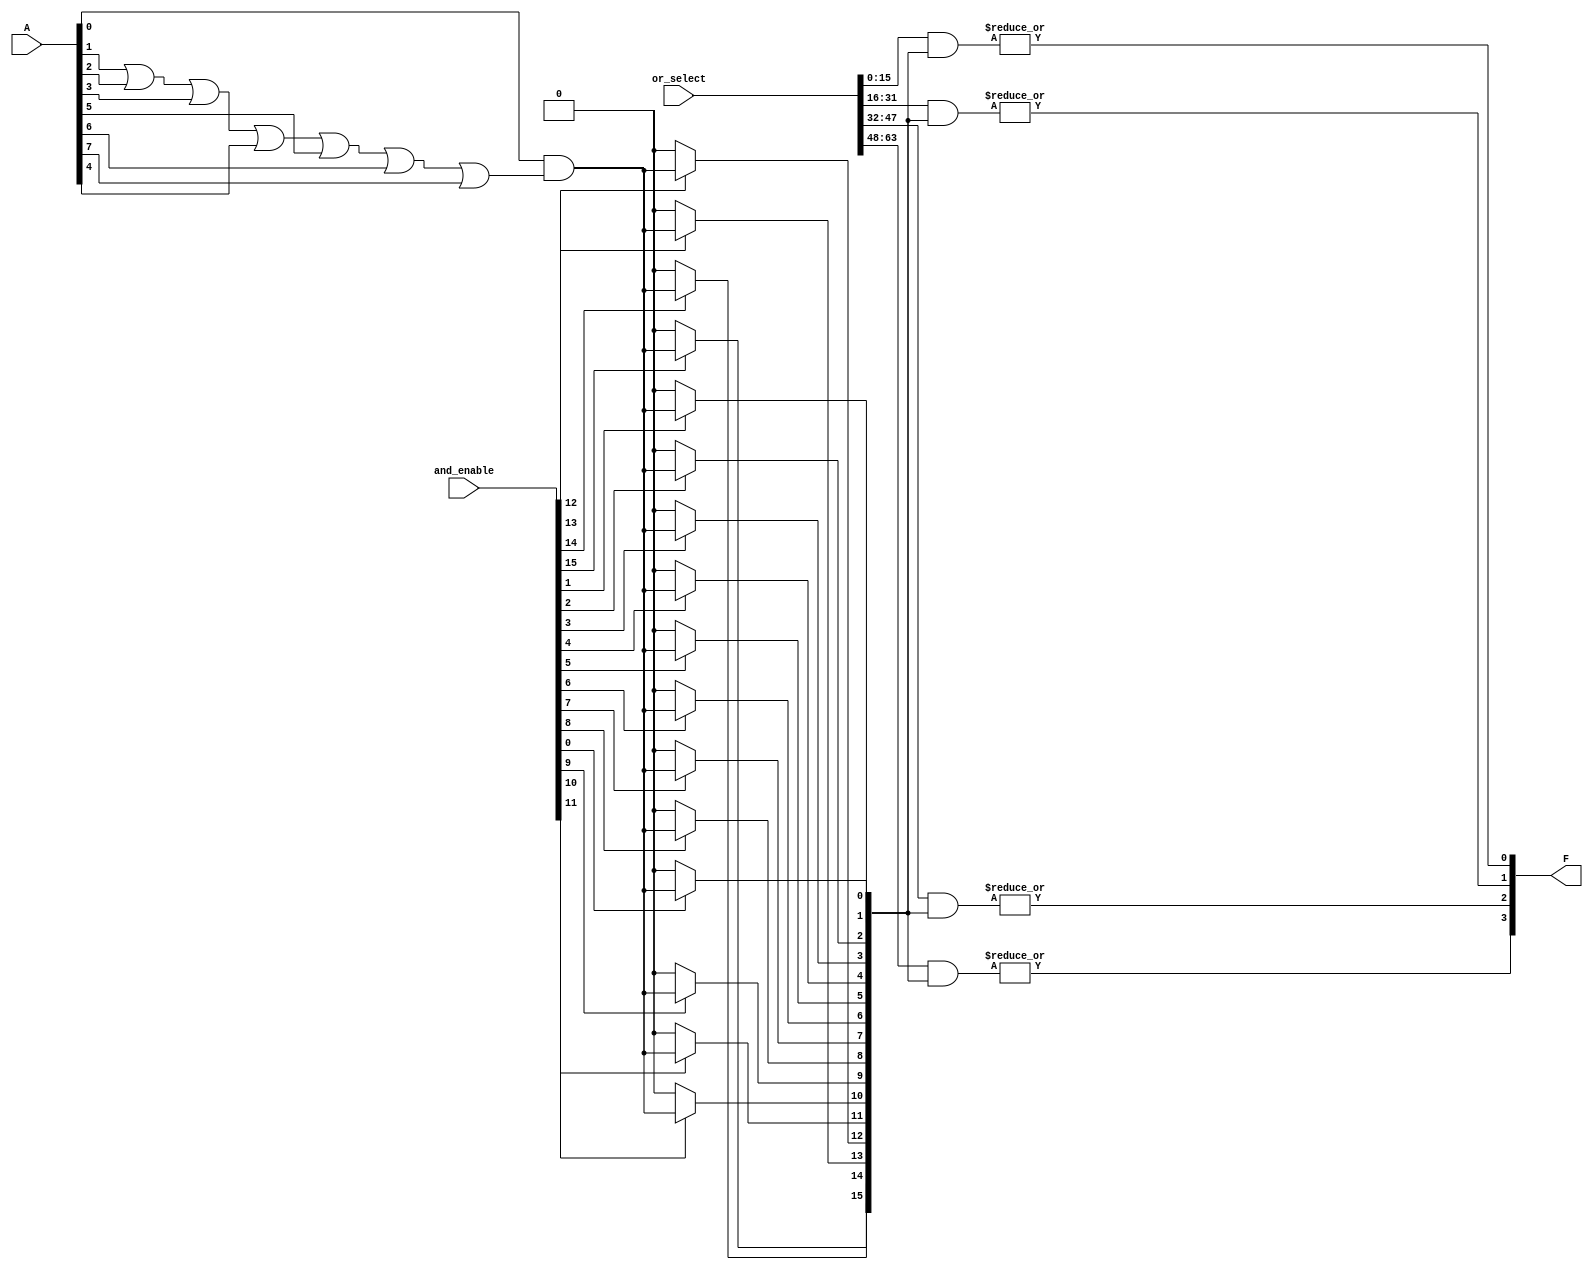
module SPAL #(
    parameter N = 8,  // Number of inputs
    parameter M = 4,  // Number of outputs
    parameter K = 16  // Number of AND gates
)(
    input  wire [N-1:0] A,            // Input signals
    input  wire [K-1:0] and_enable,    // Control signals for AND gate enable
    input  wire [M*K-1:0] or_select,   // Control signals for OR gate selection
    output wire [M-1:0] F              // Output signals
);

    // Internal wires for AND gate outputs
    wire [K-1:0] and_outputs;

    // Programmable AND array
    genvar i, j;
    generate
        for (i = 0; i < K; i = i + 1) begin : and_array
            assign and_outputs[i] = and_enable[i] ? (A[0] & (A[1] | A[2] | A[3] | A[4] | A[5] | A[6] | A[7])) : 1'b0; // Example logic
        end
    endgenerate

    // Programmable OR array
    generate
        for (j = 0; j < M; j = j + 1) begin : or_array
            assign F[j] = |(or_select[j*K +: K] & and_outputs); // OR selected AND outputs
        end
    endgenerate

endmodule